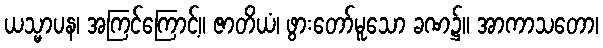
ယသ္မာပန၊ အကြင်ကြောင့်။ ဇာတိယံ၊ ဖွားတော်မူသော ခဏ၌။ အာကာသတော၊